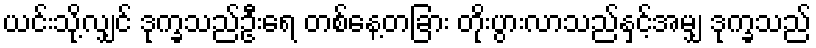
ယင်းသို့လျှင် ဒုက္ခသည်ဦးရေ တစ်နေ့တခြား တိုးပွားလာသည်နှင့်အမျှ ဒုက္ခသည်